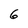
Character: 6